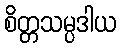
စိတ္တသမ္ပဒါယ